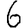
Digit: 6